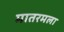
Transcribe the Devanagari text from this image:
मातरमला